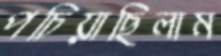
পচিয়াছিলাম